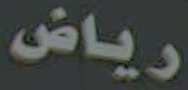
رياض